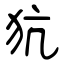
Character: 犺